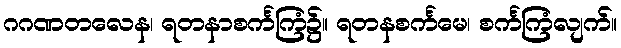
ဂဂဏတလေန၊ ရတနာစင်္ကကြံ၌။ ရတနစင်္ကမေ၊ စင်္ကကြံလျက်။